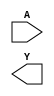
module sky130_fd_sc_hs__clkdlyinv5sd2 (
    //# {{data|Data Signals}}
    input  A,
    output Y
);

    // Voltage supply signals
    supply1 VPWR;
    supply0 VGND;

endmodule